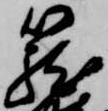
籠